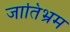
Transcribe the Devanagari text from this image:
जातिभ्रम